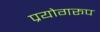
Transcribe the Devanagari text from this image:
प्रयोगरूप